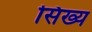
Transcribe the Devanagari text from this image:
सिख्य